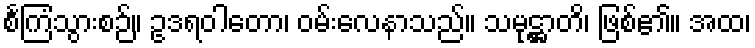
စင်္ကြံသွားစဉ်။ ဥဒရဝါတော၊ ဝမ်းလေနာသည်။ သမုဋ္ဌာတိ၊ ဖြစ်၏။ အထ၊